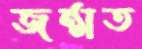
জন্মত